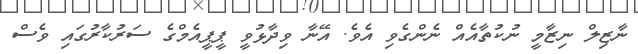
ނާޒިލް ނިޒާމީ ނުކުތާއެއް ނެންގެވި އެވެ. އޭނާ ވިދާޅުވީ ޕީޕީއެމްގެ ސަރުކާރުގައި ވެސް